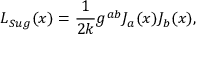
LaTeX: L _ { S u g } ( x ) = \frac { 1 } { 2 k } g ^ { a b } J _ { a } ( x ) J _ { b } ( x ) ,